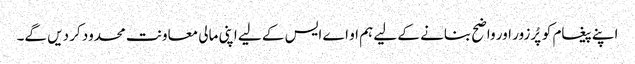
اپنے پیغام کو پُرزور اور واضح بنانے کے لیے ہم او اے ایس کے لیے اپنی مالی معاونت محدود کر دیں گے۔